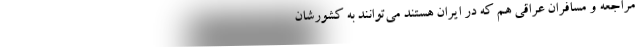
مراجعه و مسافران عراقی هم که در ایران هستند می‌توانند به کشورشان